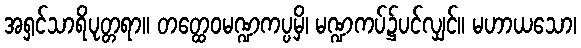
အရှင်သာရိပုတ္တရာ။ တတ္ထေဝမဏ္ဍကပ္ပမှိ၊ မဏ္ဍကပ်၌ပင်လျှင်။ မဟာယသော၊